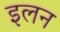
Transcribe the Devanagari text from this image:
इलन